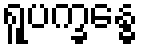
ရူပက္ခန္ဓေ